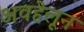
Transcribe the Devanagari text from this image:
अवहेलून